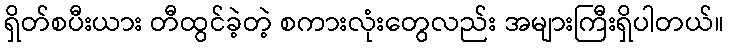
ရှိတ်စပီးယား တီထွင်ခဲ့တဲ့ စကားလုံးတွေလည်း အများကြီးရှိပါတယ်။